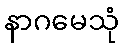
နာဂမေသုံ